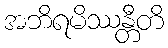
အဘိရမိဿန္တီတိ